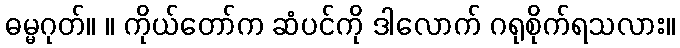
ဓမ္မဂုတ်။ ။ ကိုယ်တော်က ဆံပင်ကို ဒါလောက် ဂရုစိုက်ရသလား။